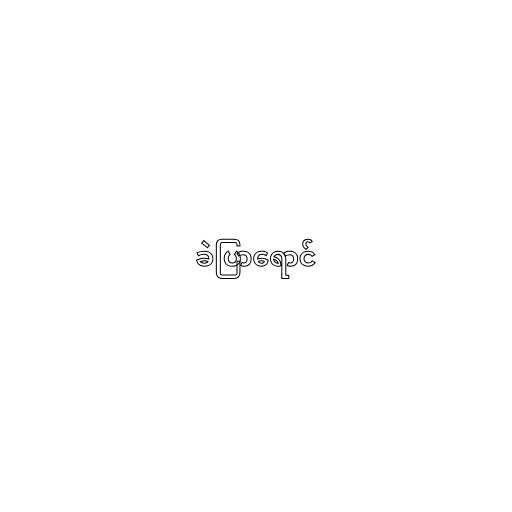
ခဲပြာရောင်